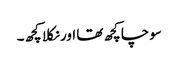
سوچا کچھ تھا اور نکلا کچھ۔